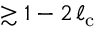
\gtrsim 1 - 2 \, \ell _ { \mathrm { c } }